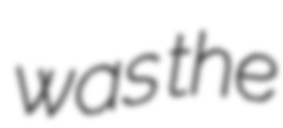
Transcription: was the